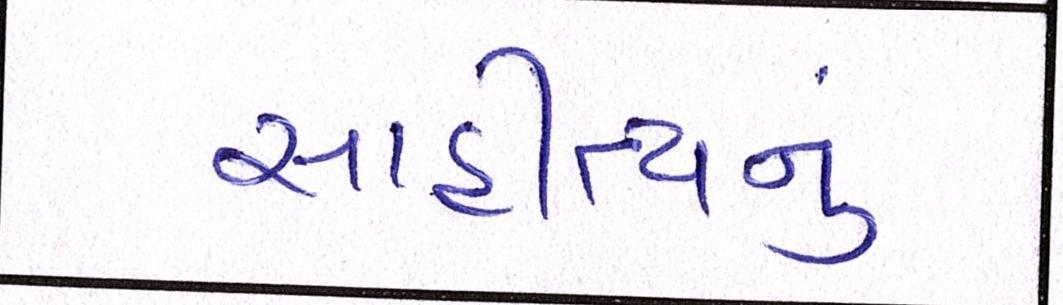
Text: સાહીત્યનું